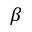
\beta